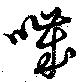
噦